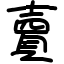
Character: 𧶠